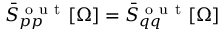
\Bar { S } _ { p p } ^ { \mathrm { ~ o ~ u ~ t ~ } } [ \Omega ] = \Bar { S } _ { q q } ^ { \mathrm { ~ o ~ u ~ t ~ } } [ \Omega ]